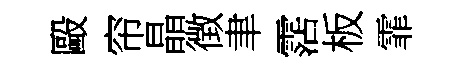
毆帘晶徴聿霑板霏